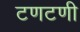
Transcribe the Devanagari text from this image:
टणटणी